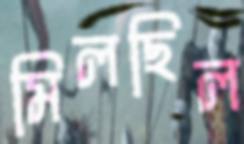
মিলছিল